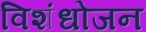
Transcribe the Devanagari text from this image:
विशंधोजन